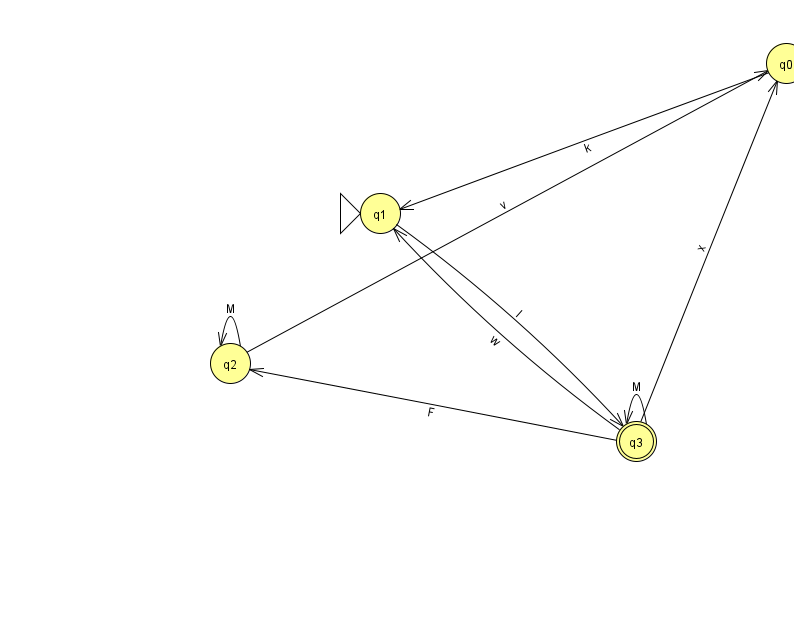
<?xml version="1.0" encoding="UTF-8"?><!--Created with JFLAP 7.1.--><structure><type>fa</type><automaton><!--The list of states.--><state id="0" name="q0"><x>786.0</x><y>50.0</y></state><state id="1" name="q1"><x>380.0</x><y>200.0</y><initial/></state><state id="2" name="q2"><x>230.0</x><y>350.0</y></state><state id="3" name="q3"><x>636.0</x><y>428.0</y><final/></state><!--The list of transitions.--><transition><from>0</from><to>1</to><read>k</read></transition><transition><from>3</from><to>1</to><read>w</read></transition><transition><from>2</from><to>0</to><read>v</read></transition><transition><from>3</from><to>0</to><read>x</read></transition><transition><from>1</from><to>3</to><read>l</read></transition><transition><from>3</from><to>2</to><read>F</read></transition><transition><from>2</from><to>2</to><read>M</read></transition><transition><from>3</from><to>3</to><read>M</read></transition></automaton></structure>